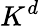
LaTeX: K^{d}